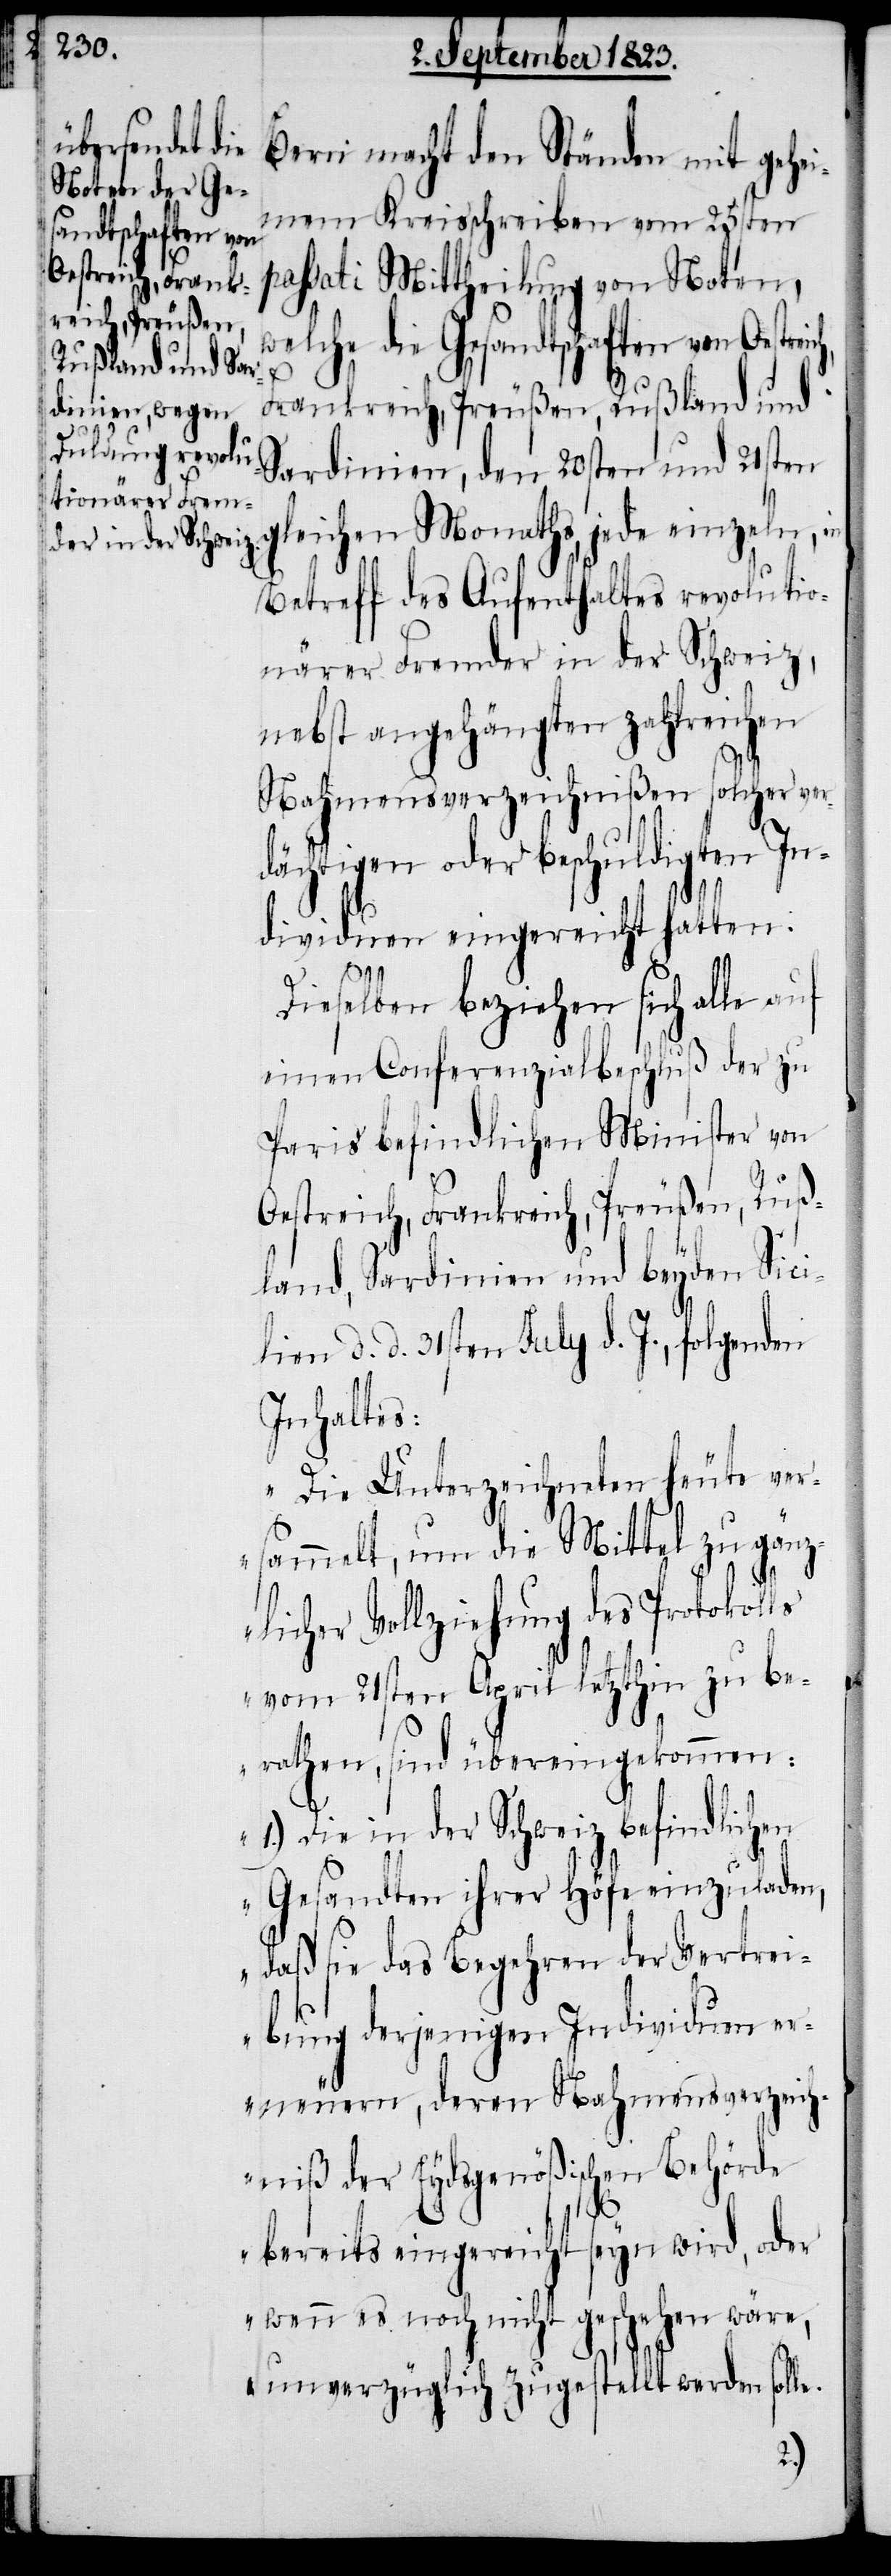
streich, Frank¬
reich, Preußen,
Rußland und S¬

Bern macht den Ständen mit gehei¬
mem Kreisschreiben vom 25sten
passati Mittheilung von Noten,
welche die Gesandtschaften von Oe¬
ardinien, den 20sten und 21sten
gleichen Monaths, jede einzeln, in
Betreff des Aufenthaltes revolutio¬
närer Fremder in der Schweiz,
nebst angehängten zahlreichen
Nahmensverzeichnißen solcher ver¬
dächtigen oder beschuldigten In¬
dividuen eingereicht hatten.
Dieselben beziehen sich alle auf
einen Conferenzialbeschluß der zu
Paris befindlichen Minister von
Oestreich, Frankreich, Preußen, Ruß¬
land, Sardinien und beyden Sici¬
lien d. d. 31sten July d. J., folgenden
Inhaltes:
„Die Unterzeichneten heute ver¬
sammelt, um die Mittel zu gänz¬
licher Vollziehung des Protokolls
vom 21sten April letzthin zu be¬
rathen, sind übereingekommen:
1.) Die in der Schweiz befindlichen
Gesandten ihrer Höfe einzuladen,
daß sie das Begehren der Vertrei¬
bung derjenigen Individuen er¬
neuern, deren Nahmensverzeic¬
hniß der Eydsgenößischen Behörde
bereits eingereicht seyn wird, oder
wenn es noch nicht geschehen wäre,
unverzüglich zugestellt werden solle.